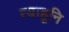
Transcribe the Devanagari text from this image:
त्याहूनि